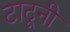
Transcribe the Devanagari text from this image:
टाटूनी